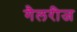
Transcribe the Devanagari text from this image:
गैलरीज